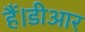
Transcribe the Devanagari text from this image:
हैं।डीआर